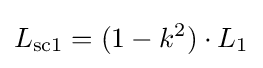
L_{\mathrm {sc1} }=(1-k^{2})\cdot L_{\mathrm {1} }